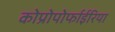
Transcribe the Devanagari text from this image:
कोप्रोपोर्फाईरिया